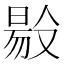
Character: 𠭲